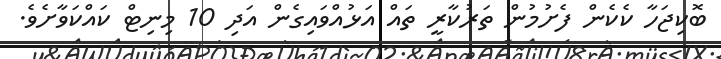
ބޮކިޖަހާ ކެކެން ފެށުމުން ތަރުކާރީ ތައް އަޅުއްވައިގެން އަދި 10 މިނިޓް ކައްކަވާށެވެ.